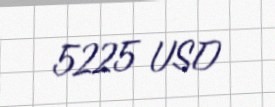
5225 USD